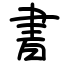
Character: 書